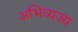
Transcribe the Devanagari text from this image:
अभिव्यज्य